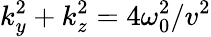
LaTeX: k_{y}^{2}+k_{z}^{2}=4\omega_{0}^{2}/v^{2}